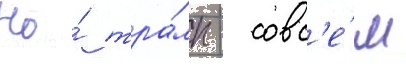
Но́ тра́мп - совс'е́м